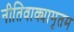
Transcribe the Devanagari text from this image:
नीतिवाक्यामृतम